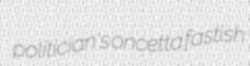
politician's oncetta fastish